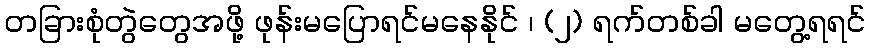
တခြားစုံတွဲတွေအဖို့ ဖုန်းမပြောရင်မနေနိုင် ၊ (၂) ရက်တစ်ခါ မတွေ့ရရင်